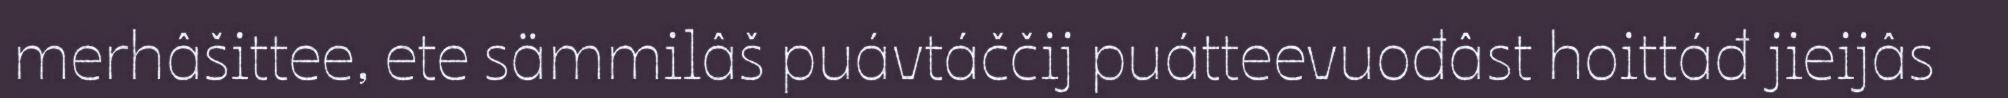
merhâšittee, ete sämmilâš puávtáččij puátteevuođâst hoittáđ jieijâs